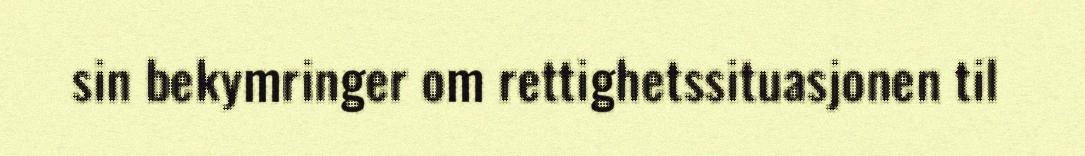
sin bekymringer om rettighetssituasjonen til